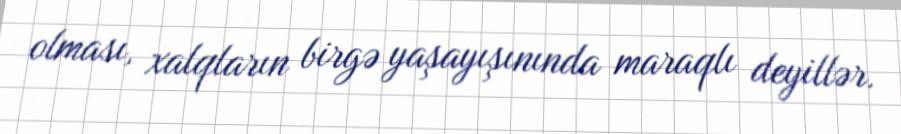
olması, xalqların birgə yaşayışınında maraqlı deyillər.